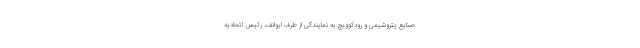
صنایع پتروشیمی و رودکوویچ به نمایندگی از طرف ایوانف، رئیس اتحادیه